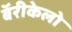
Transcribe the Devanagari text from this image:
बॅरीकेलो